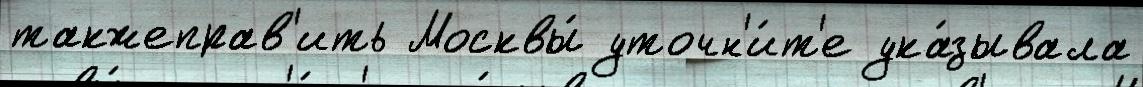
такжеправ'ить Москвы́ уточн'и́т'е ука́зывала